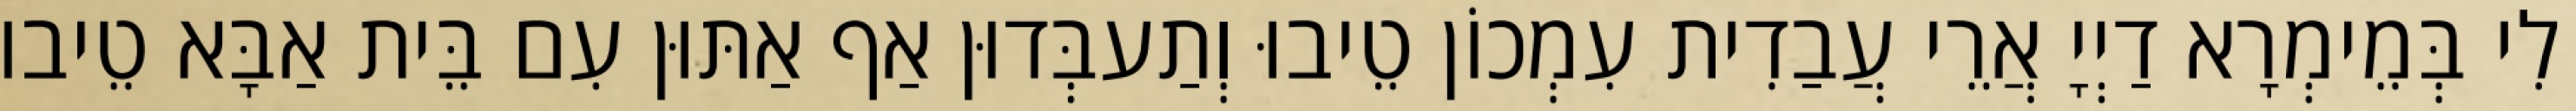
לִי בְּמֵימְרָא דַיְיָ אֲרֵי עֲבַדִית עִמְכוֹן טֵיבוּ וְתַעבְּדוּן אַף אַתּוּן עִם בֵּית אַבָּא טֵיבוּ